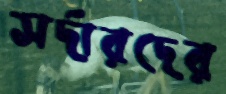
সর্দারদের